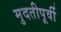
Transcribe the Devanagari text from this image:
मुदतीपूर्वी